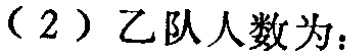
（2）乙队人数为：